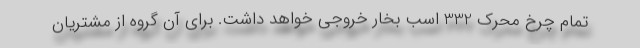
تمام چرخ محرک 332 اسب بخار خروجی خواهد داشت. برای آن گروه از مشتریان